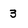
Character: 3